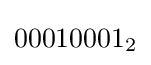
00010001_{2}